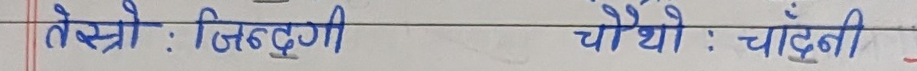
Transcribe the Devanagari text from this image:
तेस्रो : जिन्दगी  चौथो : चाँदनी